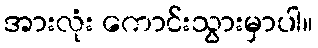
အားလုံး ကောင်းသွားမှာပါ။